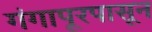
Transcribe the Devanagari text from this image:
गंगापूरपासून